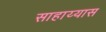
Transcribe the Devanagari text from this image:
साहाय्यास